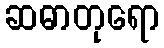
ဆဓာတုရော